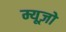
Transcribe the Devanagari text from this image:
म्यूज़ो